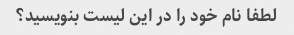
لطفا نام خود را در این لیست بنویسید؟